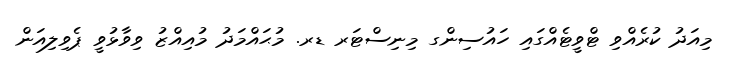
މިއަދު ކުރެއްވި ޓްވީޓެއްގައި ހައުސިންގ މިނިސްޓަރ ޑރ. މުޙައްމަދު މުއިއްޒު ވިވާޅުވީ ޕެވިލިއަން